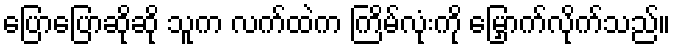
ပြောပြောဆိုဆို သူက လက်ထဲက ကြိမ်လုံးကို မြှောက်လိုက်သည်။